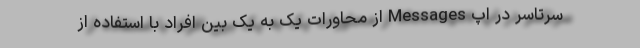
سرتاسر در اپ Messages از محاورات یک به یک بین افراد با استفاده از